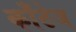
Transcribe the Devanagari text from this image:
काँटेज